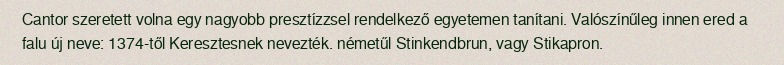
Cantor szeretett volna egy nagyobb presztízzsel rendelkező egyetemen tanítani. Valószínűleg innen ered a falu új neve: 1374-től Keresztesnek nevezték. németűl Stinkendbrun, vagy Stikapron.